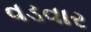
વડવાર